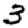
Digit: 3